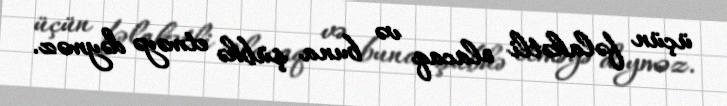
üçün fəlakətli olacaq və buna şübhə etməyə dəyməz.